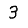
Digit: 3